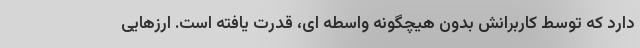
دارد که توسط کاربرانش بدون هیچگونه واسطه ای، قدرت یافته‌ است. ارزهایی